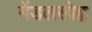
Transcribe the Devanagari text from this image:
मेंडलसोह्न